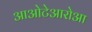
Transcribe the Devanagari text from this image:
आओटेआरोआ